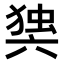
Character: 𭁘